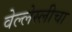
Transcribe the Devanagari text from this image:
वेल्लेस्लीचा